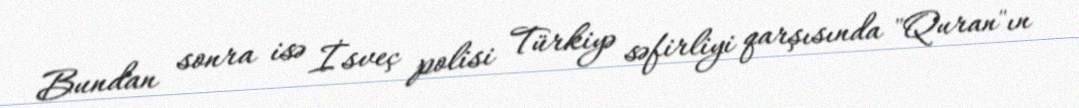
Bundan sonra isə İsveç polisi Türkiyə səfirliyi qarşısında "Quran"ın